Statistics compiled by the Government of India from the reports of provincial Civil Veterinary Departments
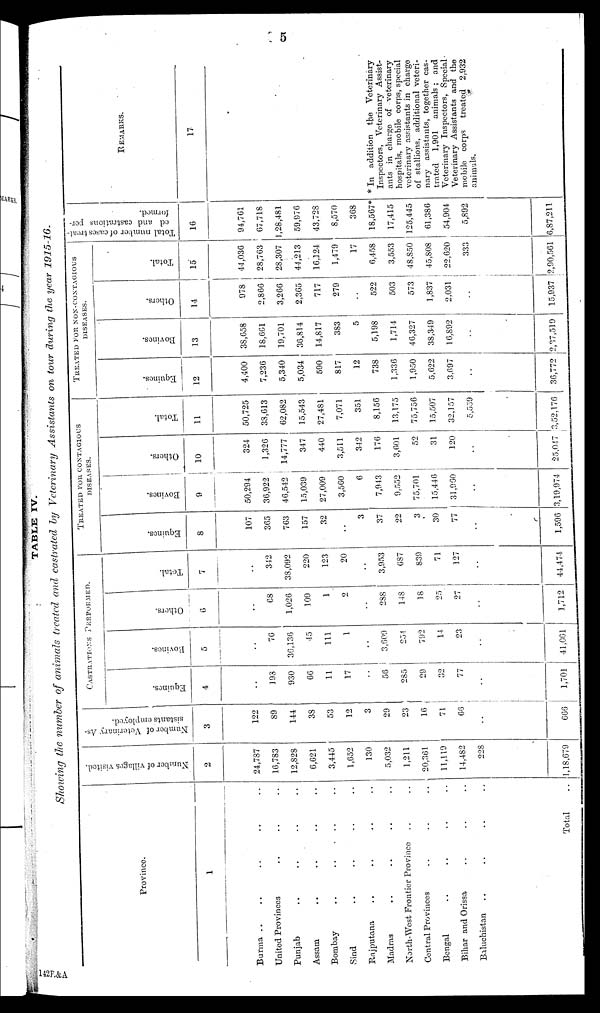
5
TABLE IV.
Showing the number of animals treated and castrated by Veterinary
Assistants
on tour during the year
1915-16.
Province.
1
Burma .. .. .. ..
United Provinces .. .. ..
Punjab.. .. .. ..
Assam
Bombay .. .. .. ..
Sind
..
..
..
..
Rajputana .. .. .. ..
Madras .. .. .. ..
North-West Frontier Province .. .. ..
Central Provinces .. .. ..
Bengal .. .. .. ..
Bihar and Orissa .. .. ..
Baluchistan .. .. .. ..
Total ..
Number of villages visited.
2
24,787
16,783
12,828
6,621
3,445
1,652
130
5,032
1,211
20,361
11,119
14,482
228
1,18,679
Number of Veterinary As-
sistants employed.
3
122
89
144
38
53
12
3
29
23
16
71
66
..
666
CASTRATION PERFORMED.
Equines.
4
..
193
930
66
11
17
..
56
285
29
32
77
..
1,701
Bovines.
5
..
76
36,136
45
111
1
..
3,609
254
792
14
23
..
41,061
Others.
6
..
68
1,026
109
1
2
..
288
148
18
25
27
..
1,712
Total.
7
..
342
38,092
220
123
20
..
3,953
687
839
71
127
..
44,474
TREATED FOR CONTAGIOUS
DISEASES.
Equines.
8
107
365
763
157
32
3
37
22
3
30
77
..
1,596
Bovines.
9
50,294
36,922
46,542
15,039
27,009
3,560
6
7,943
9,552
75,701
15,446
31,960
..
3,19,974
Others.
10
324
1,326
14,777
347
440
3,511
342
176
3,601
52
31
120
..
25,047
Total.
11
50,725
33,613
62,082
15,543
27,481
7,071
351
8,156
13,175
75,756
15,507
32,157
5,559
1,52,176
TREATED FOR NON-CONTAGIOUS
DISEASES.
Equines.
12
4,400
7,236
5,340
5,034
590
817
12
738
1,336
1,950
5,622
3,697
..
36,772
Bovines.
13
38,658
18,661
19,701
36,814
14,817
383
5
5,198
1,714
46,327
38,349
16,892
..
2, 37,519
Others.
14
978
2,866
3,266
2,365
717
279
..
522
503
573
1,837
2,031
..
15,937
Total.
15
44,036
28,763
28,307
44,213
16,124
1,479
17
6,458
3,553
48,850
45,808
22,620
333
2,90,561
Total number of cases treat-
ed and castrations per-
formed.
16
94,761
67,718
1,28,481
59,976
43,728
8,570
368
18,567*
17,415
125,445
61,386
54,904
5,892
3,87,211
REMARKS.
17
* In addition the Veterinary
Inspectors, Veterinary Assist-
ants in charge of veterinary
hospitals, mobile corps, special
veterinary assistants in charge
of stallions, additional veteri-
nary assistants, together cas-
trated
1,901 animals; and
Veterinary Inspectors, Special.
Veterinary Assistants and the
mobile corps
treated 2,932
animals.